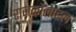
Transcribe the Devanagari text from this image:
राजकोलाहल